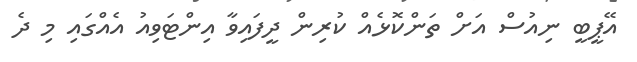
އޭޕީބީ ނިއުސް އަށް ތަންކޮޅެއް ކުރިން ދީފައިވާ އިންޓަވިއު އެއްގައި މި ދެ